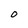
Character: O